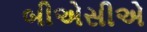
બીએસીએ